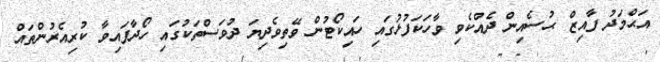
އަޙްމަދު ފާއިޒް ޙުސެއިން ދެއްކެވި ވާހަކަފުޅުގައި ހައިކޯޓުން ވޭތިވެދިޔަ ދުވަސްތަކުގައި ހޯދާފައިވާ ކުރިއެރުންތައް